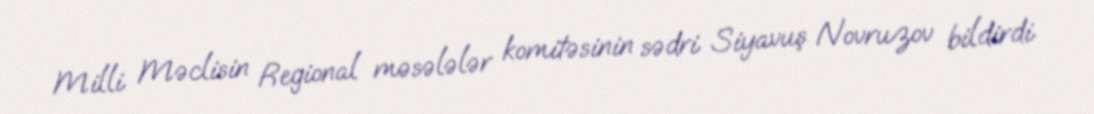
Milli Məclisin Regional məsələlər komitəsinin sədri Siyavuş Novruzov bildirdi